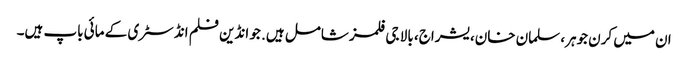
ان میں کرن جوہر، سلمان خان، یشراج، بالا جی فلمز شامل ہیں. جو انڈین فلم انڈسٹری کے مائی باپ ہیں۔